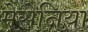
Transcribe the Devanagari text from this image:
मेसेनिया